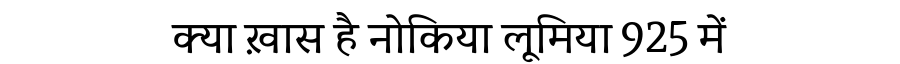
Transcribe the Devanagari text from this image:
क्या ख़ास है नोकिया लूमिया 925 में